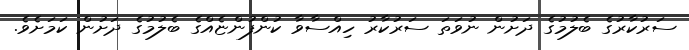
ސަރުކާރުގެ ބެލުމުގެ ދަށުން ނުވަތަ ސަރުކާރު ހިއްސާވާ ކުންފުންޏެއްގެ ބެލުމުގެ ދަށުން ކަމަށެވެ.